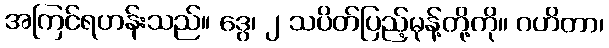
အကြင်ရဟန်းသည်။ ဒွေ၊ ၂ သပိတ်ပြည့်မုန့်တို့ကို။ ဂဟိတာ၊